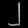
Digit: ၂